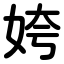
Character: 姱